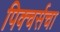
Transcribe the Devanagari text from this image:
पिक्चर्सचा